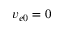
v _ { e 0 } = 0